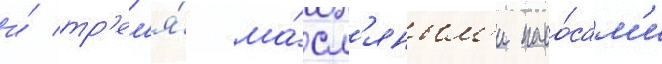
и́ тр'ем'я́ ма́сл'яным'и насо́сам'и